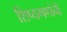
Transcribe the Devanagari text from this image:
शिष्यगणांनी